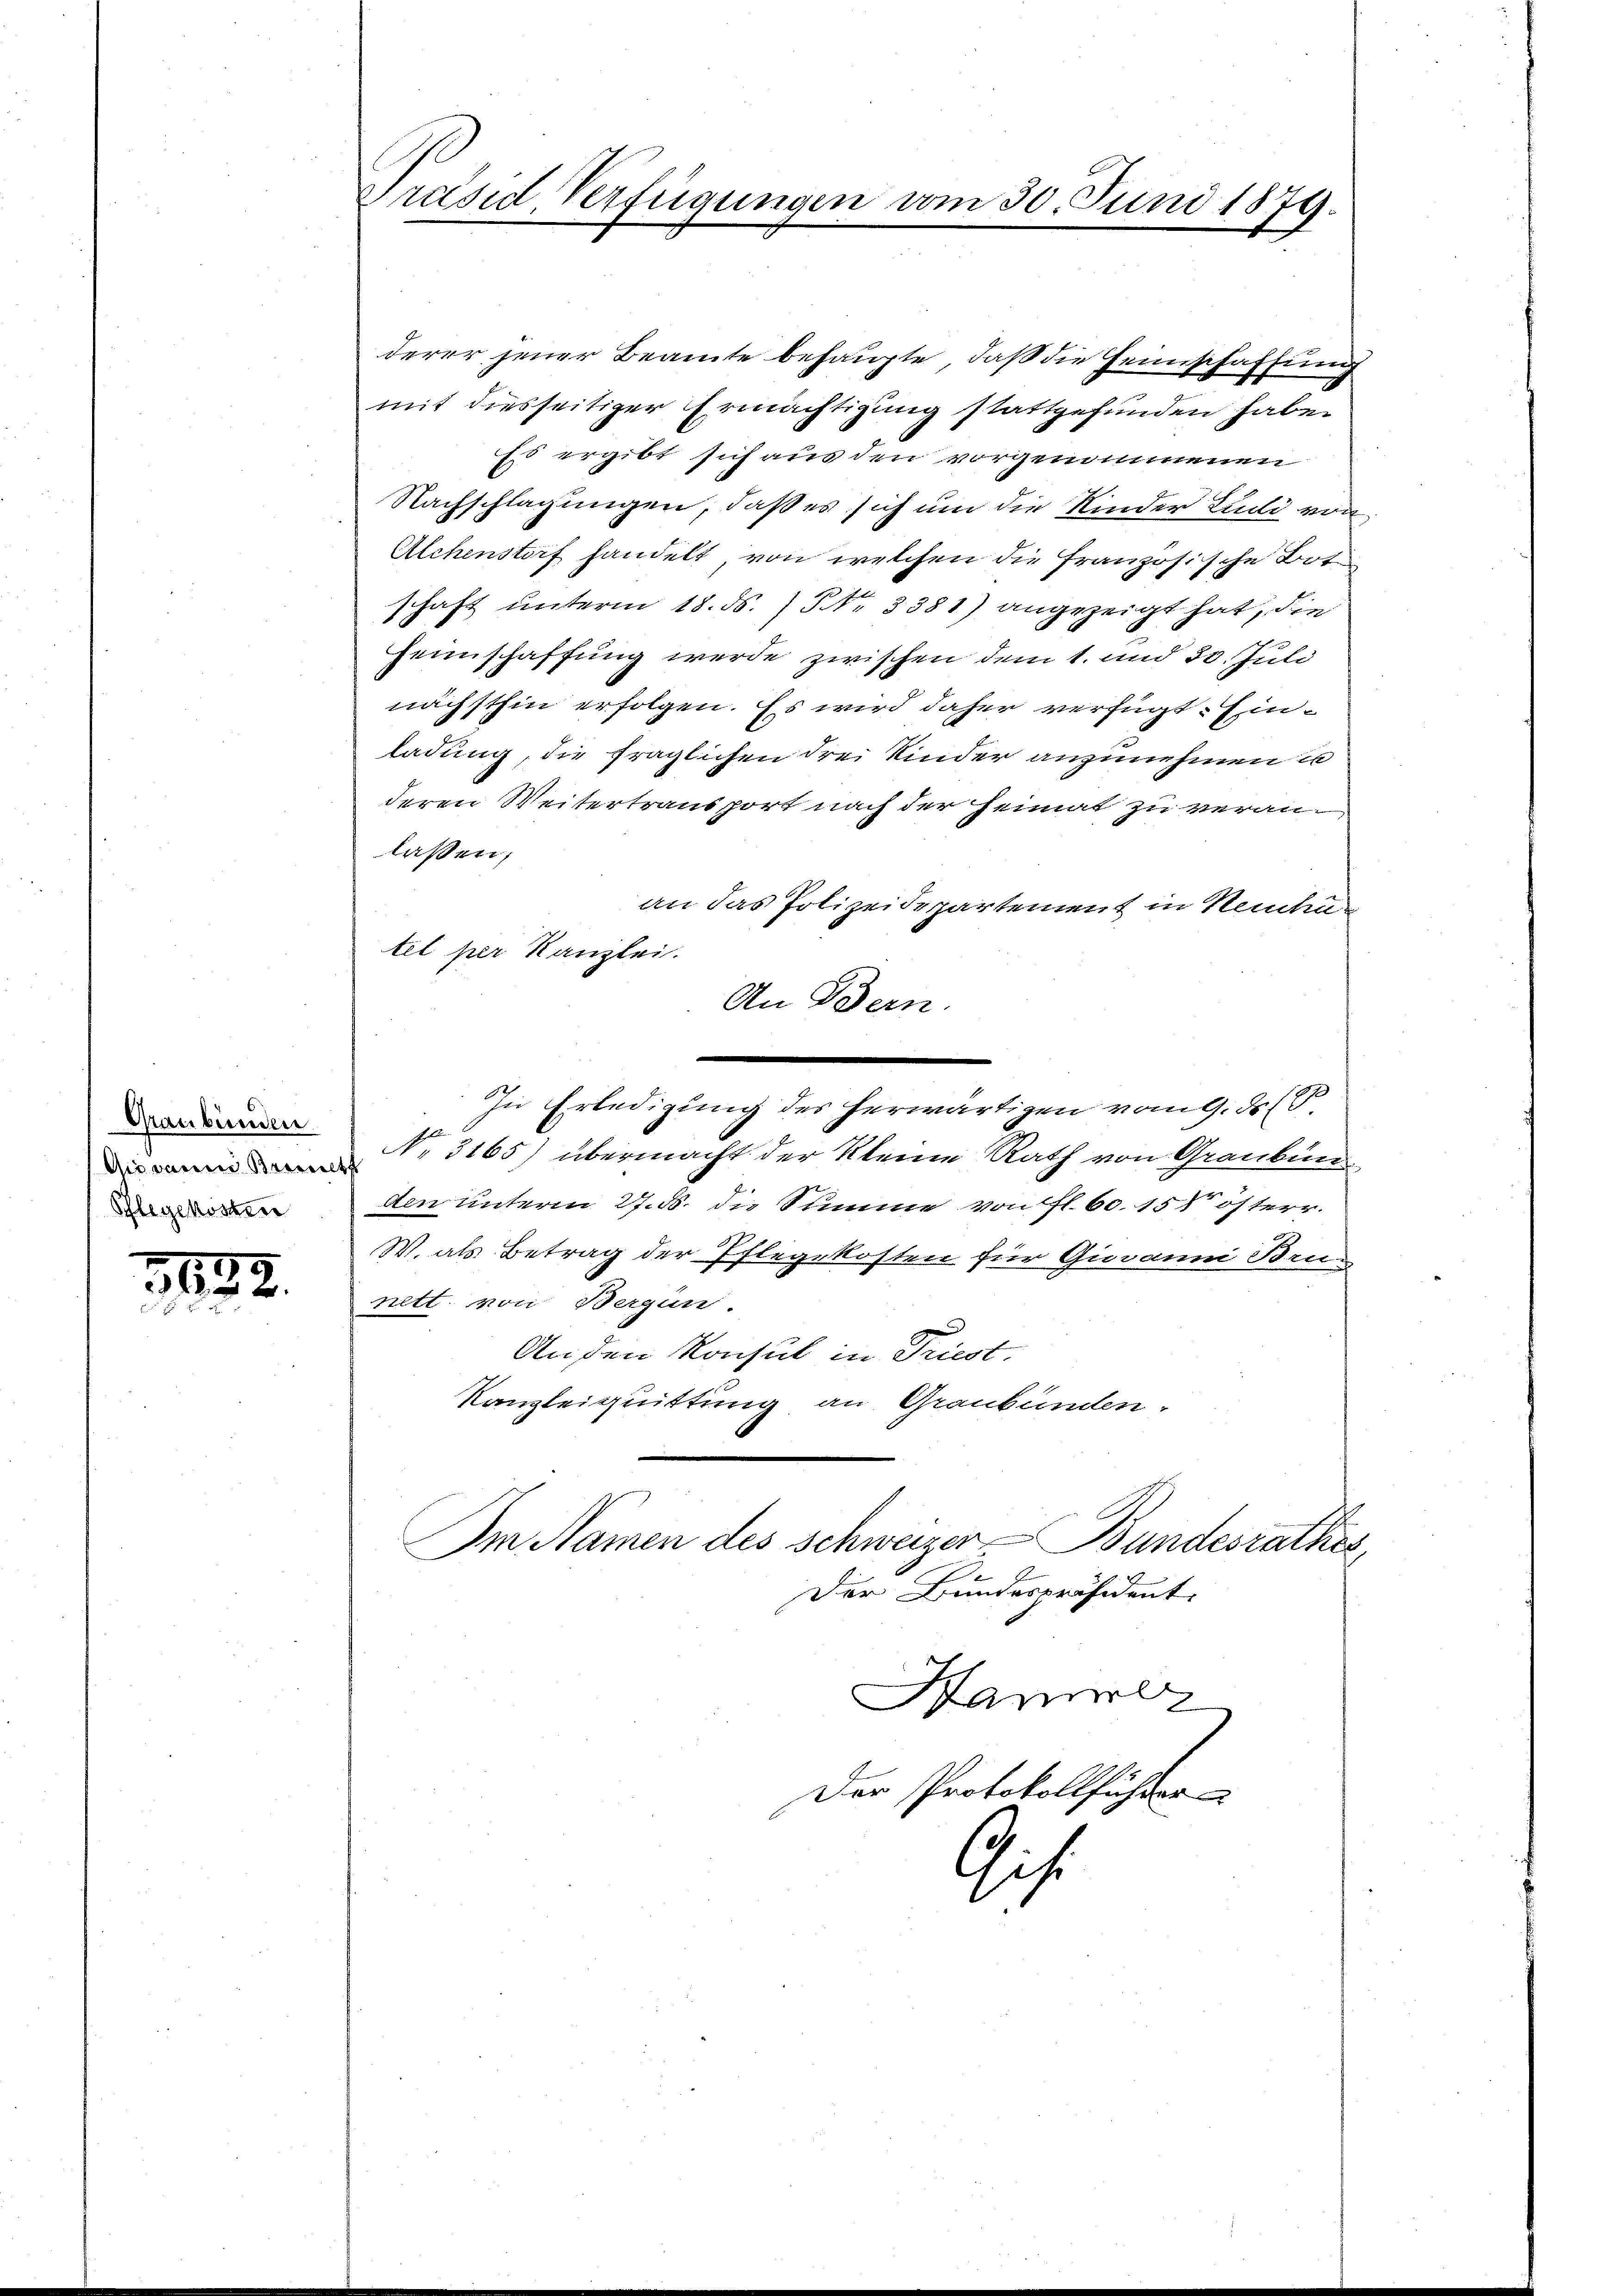
Graubünden
Ai dann Brewaltt
Pflegekosten

1832.

derer jener Beamte behaupte, daß die Heimschaffung
mit diesseitiger Ermächtigung stattgefunden habe.
Es ergibt sich aus den vorgenommenen
Nachschlagungen, daß es sich um die Kinder Ludli von
Alchenstorf handelt, von welchen die französische Botschaft unterm 18. ds. /5 NNo. 3381) angezeigt hat, die
Heimschaffung werde zwischen dem 1. und 30. Juli
nächsthin erfolgen. Es wird daher verfügt Einladung, die fraglichen drei Kinder anzunehmen is
deren Weitertraus port nach der Heimat zu veranlassen;
an das Polizeidepartement in Reitun
tel per Kanzlei.
An Bern.
In Erledigung des herwärtigen vom 9. d. 2
No. 3165) übermacht der kleine Rath von Graubün
Aen unterm 27. d. die Summe von fl. 60. 158 österr.
W. als Betrag der Pflegekosten für Giovanni Brunett. von Bergan.
An den Konsul in Triest.
Kanzleiquittung an Graubünden.
Im Namen des Schweizer-Bundesrathes
Der Bundespräsident
Sam
Der Protokollführer
Gise

Präsid Verfügungen vom 30. Juni 1879.